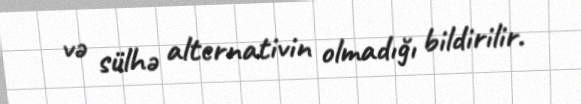
və sülhə alternativin olmadığı bildirilir.